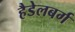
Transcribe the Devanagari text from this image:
हैडेलबर्ग